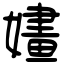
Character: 嫿